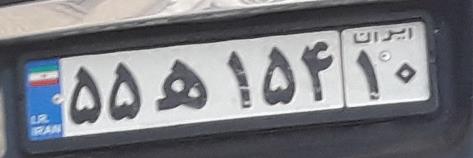
۵۵ه۱۵۴۱۰